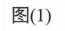
图(1)